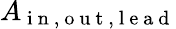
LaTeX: A_{\mathrm{~i~n~,~o~u~t~,~l~e~a~d~}}